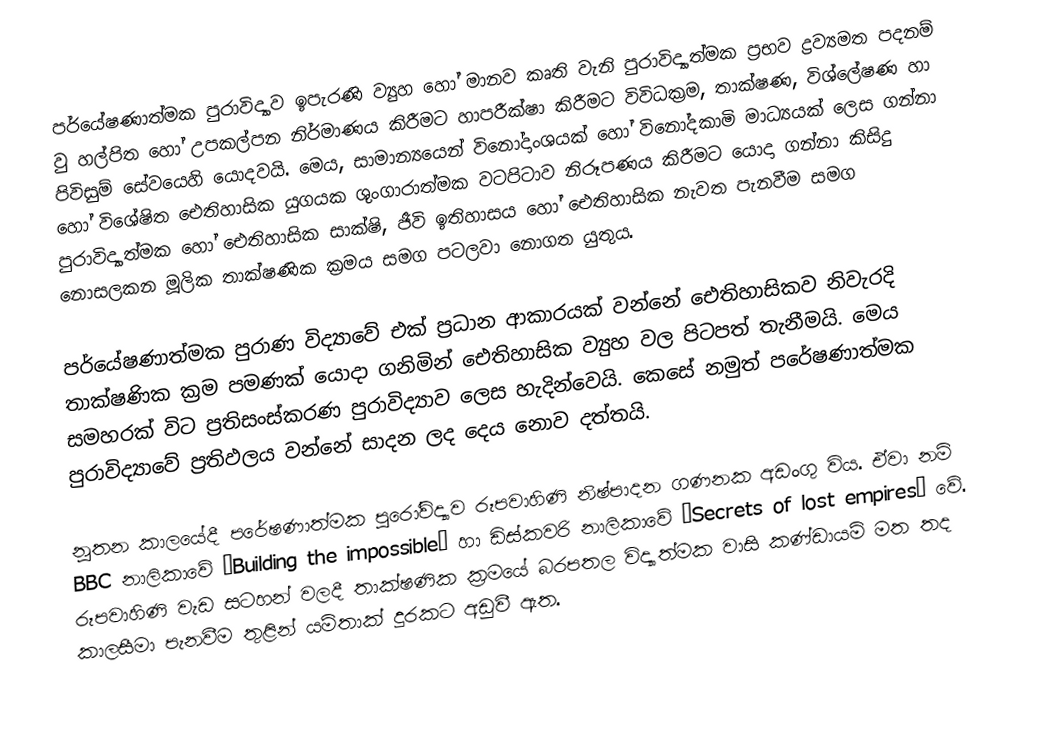
පර්යේෂණාත්මක පුරාවිද්‍යාව ඉපැරණි ව්‍යුහ හෝ මානව කෘති වැනි පුරාවිද්‍යාත්මක ප්‍රභව ද්‍රව්‍යමත පදනම් වු හල්පිත හෝ උපකල්පන නිර්මාණය කිරීමට හා‍පරීක්ෂා කිරීමට විවිධක්‍රම, තාක්ෂණ, විශ්ලේෂණ හා පිවිසුම් සේවයෙහි යොදවයි. මෙය, සාමාන්‍යයෙන් විනෝදාංශයක් හෝ විනෝදකාමි මාධ්‍යයක් ලෙස ගන්නා හෝ විශේෂිත ඓතිහාසික යුගයක ශුංගාරාත්මක වටපිටාව නිරූපණය කිරීමට යොදා ගන්නා කිසිදු පුරාවිද්‍යාත්මක හෝ ඓතිහාසික සාක්ෂි, ජීවි ඉතිහාසය හෝ ඓතිහාසික නැවත පැනවීම සමග නොසලකන මූලික තාක්ෂණික ක්‍රමය සමග පටලවා නොගත යුතුය.

පර්යේෂණාත්මක පුරාණ විද්‍යාවේ එක් ප්‍රධාන ආකාරයක් වන්නේ ඓතිහාසිකව නිවැරදි තාක්ෂණික ක්‍රම පමණක් යොදා ගනිමින් ඓතිහාසික ව්‍යුහ වල පිටපත් තැනීමයි. මෙය සමහරක් විට ප්‍රතිසංස්කරණ පුරාවිද්‍යාව ලෙස හැදින්වෙයි. කෙ‍සේ නමුත් පරේෂණාත්මක පුරාවිද්‍යාවේ ප්‍රතිඵලය වන්නේ සාදන ලද දෙය නොව දත්තයි.

නූතන කාලයේදී පරේෂණාත්මක පුරෝවිද්‍යාව රූපවාහිණි නිෂ්පාදන ගණනක අඩංගු විය. ඒවා නම් BBC නාලිකාවේ “Building the impossible” හා ඩිස්කවරි නාලිකාවේ “Secrets of lost empires” වේ. රූපවාහිණි වැඩ සටහන් වලදී තාක්ෂණික ක්‍රමයේ බරපතල විද්‍යාත්මක වාසි කණ්ඩායම් මත තද කාලසීමා පැනවීම තුළින් යම්තාක් දුරකට අඩුවී ඇත.